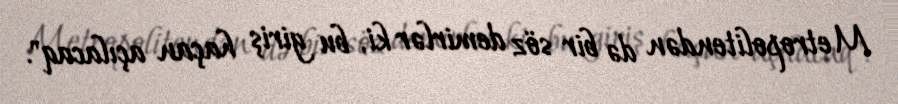
Metropolitendən də bir söz demirlər ki, bu giriş haçan açılacaq".